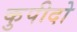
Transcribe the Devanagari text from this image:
कुपीदो